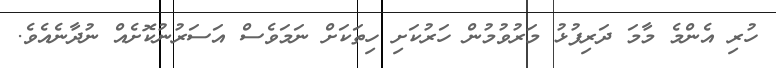
ހުރި އެންމެ މާމަ ދަރިފުޅު މަރުވުމުން ހަރުކަށި ހިތަކަށް ނަމަވެސް އަސަރުނުކޮށެއް ނުދާނެއެވެ.